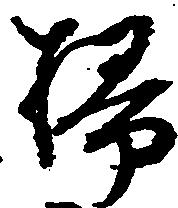
掃